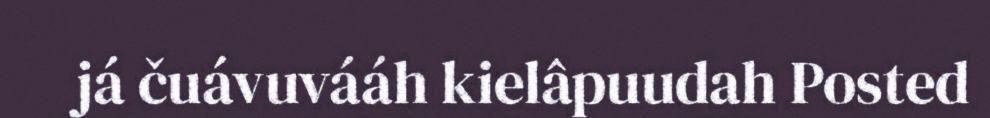
já čuávuvááh kielâpuudah Posted